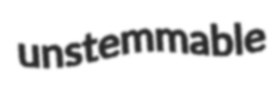
unstemmable